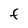
Character: F